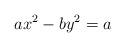
LaTeX: \begin{align*}ax^2-by^2=a\end{align*}